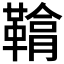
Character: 𩌒